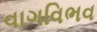
વાગવિભવ